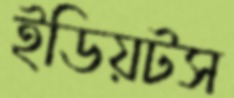
ইডিয়টস